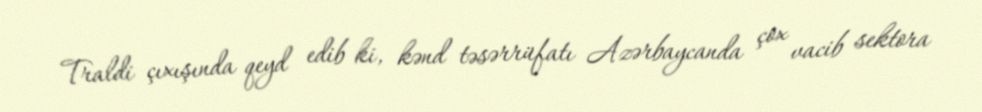
Traldi çıxışında qeyd edib ki, kənd təsərrüfatı Azərbaycanda çox vacib sektora